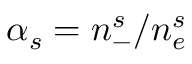
\alpha _ { s } = n _ { - } ^ { s } / n _ { e } ^ { s }